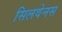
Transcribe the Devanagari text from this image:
सिलवेनस